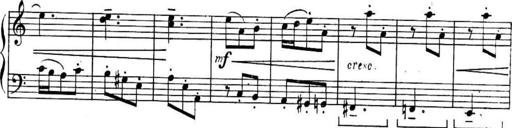
Title: Sonatines
Composer: Hedwige ChrÃ©tien